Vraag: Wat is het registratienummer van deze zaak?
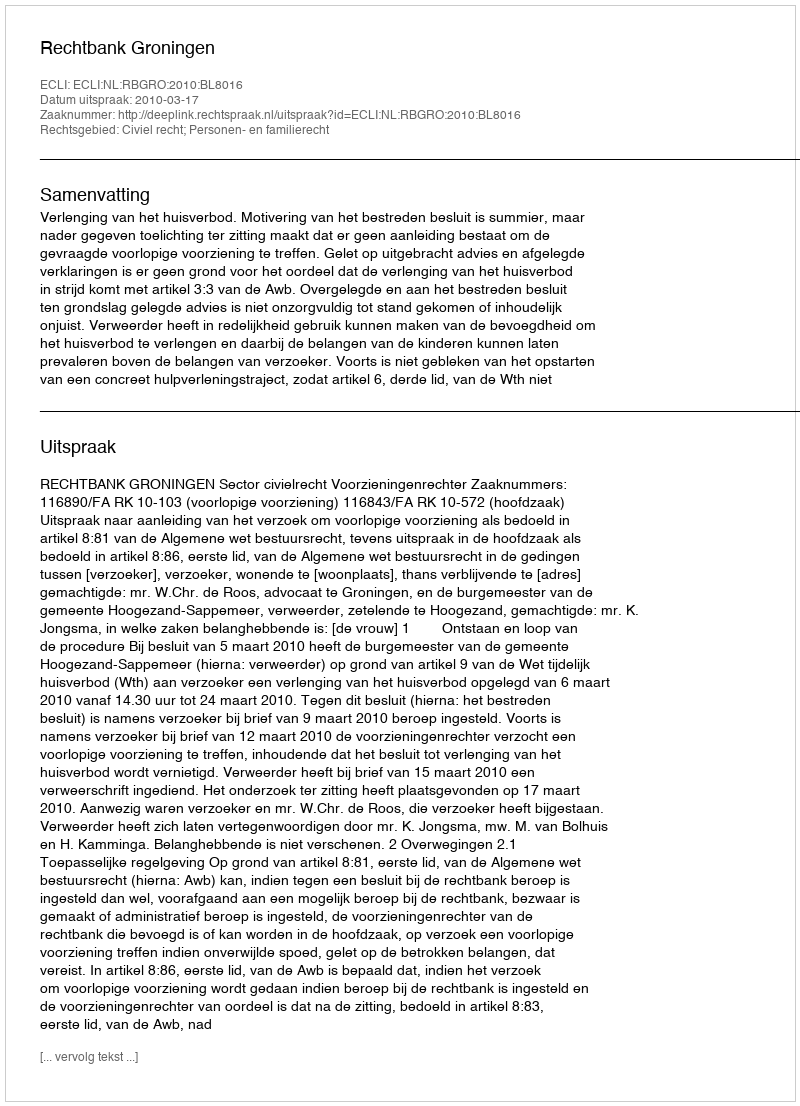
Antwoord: http://deeplink.rechtspraak.nl/uitspraak?id=ECLI:NL:RBGRO:2010:BL8016